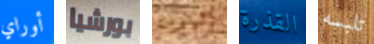
أوراي بورشيا المدنية القذرة تلبسه